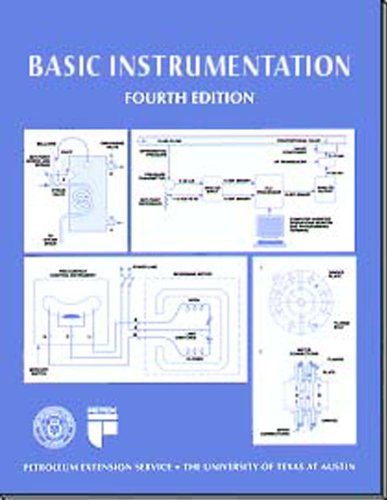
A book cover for Basic Instrumentation; Will L. McNair; Science & Math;